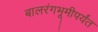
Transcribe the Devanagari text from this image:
बालरंगभूमीपर्यंत